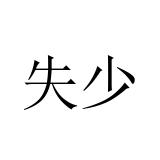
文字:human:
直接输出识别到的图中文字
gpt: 失少